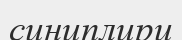
синиплири